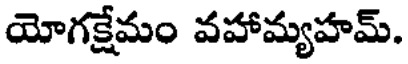
యోగక్షేమం వహామ్యహమ్.